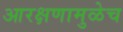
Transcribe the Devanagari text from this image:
आरक्षणामुळेच